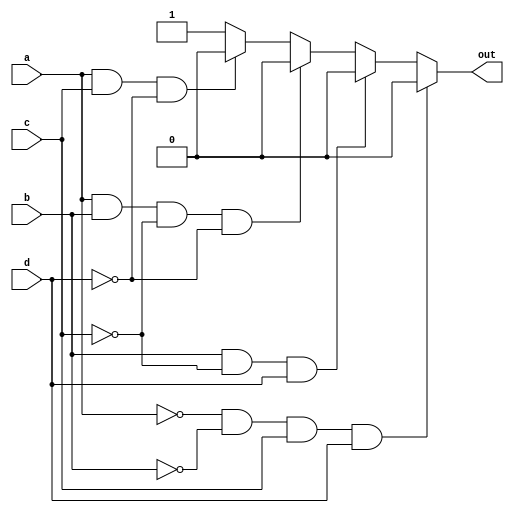
module top_module(
    input a,
    input b,
    input c,
    input d,
    output out  ); 

    always@(*) begin
        if(a==0 && b==0 && c==1 && d==1) out = 0;
        else if (b==1 && c==0 && d==1) out = 0;
        else if (a==1 && b==1 && c==0 && d==0) out = 0;
        else if (a==1 && c==1 && d==0) out = 0;
        else out = 1;
    end
endmodule